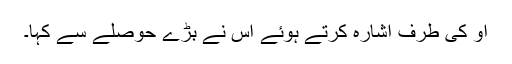
او کی طرف اشارہ کرتے ہوئے اس نے بڑے حوصلے سے کہا۔